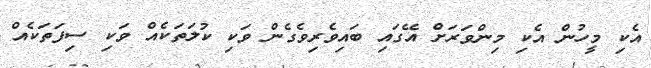
އެކި މީހުން އެކި މިންވަރަށް އޭގައި ބައިވެރިވެގެން ވަކި ކުލަތަކެއް ވަކި ސިފަތަކެއް